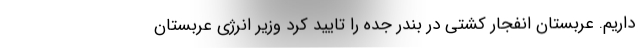
داریم. عربستان انفجار کشتی در بندر جده را تایید کرد وزیر انرژی عربستان